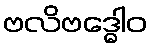
ဗလိဗဒ္ဓေါဝ